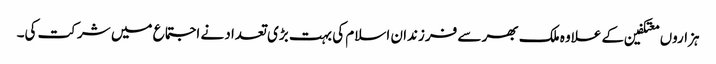
ہزاروں معتکفین کے علاوہ ملک بھر سے فرزندان اسلام کی بہت بڑی تعداد نے اجتماع میں شرکت کی۔